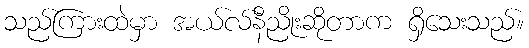
သည်ကြားထဲမှာ အယ်လ်နီညိုးဆိုတာက ရှိသေးသည်။